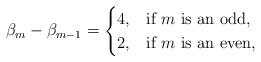
LaTeX: \begin{align*}\beta_m-\beta_{m-1}=\begin{cases}4,&\mbox{if $m$ is an odd,}\\2,& \mbox{if $m$ is an even,}\end{cases}\end{align*}